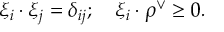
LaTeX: \xi _ { i } \cdot \xi _ { j } = \delta _ { i j } ; \quad \xi _ { i } \cdot \rho ^ { \vee } \geq 0 .